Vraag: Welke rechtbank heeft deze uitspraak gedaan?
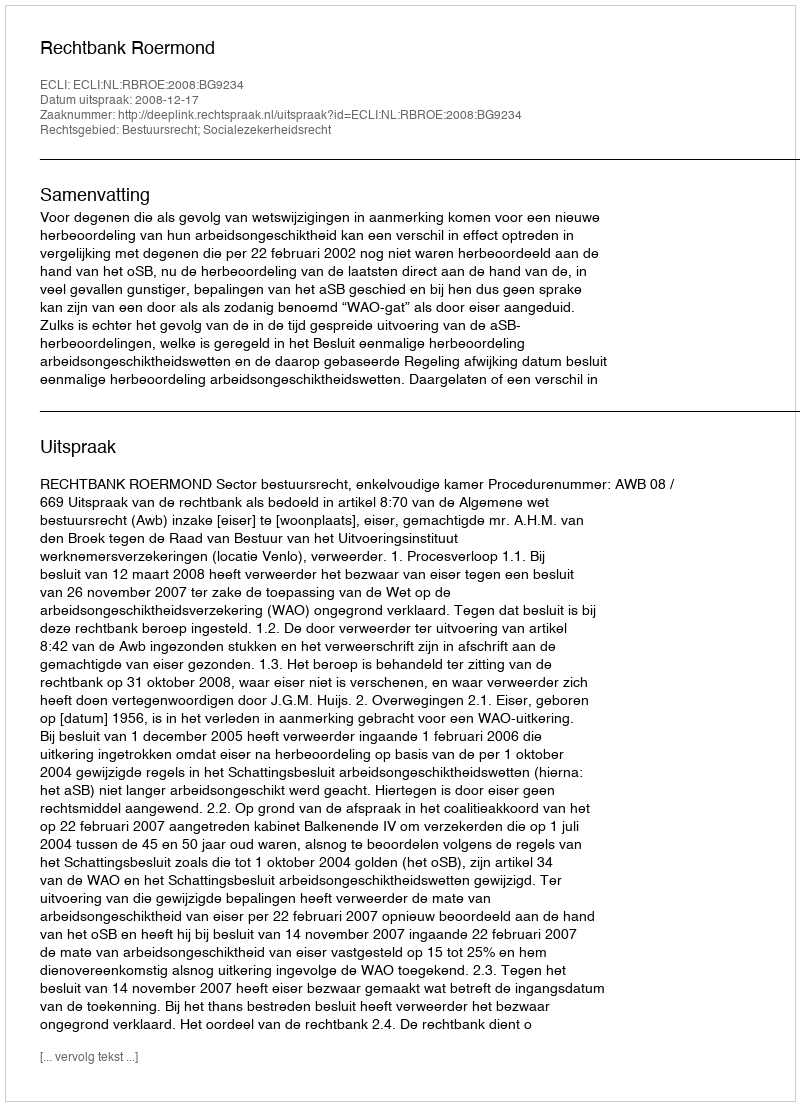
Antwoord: Rechtbank Roermond